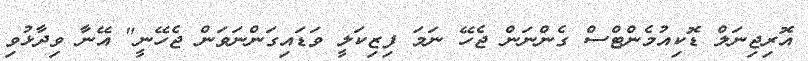
އޮރިޖިނަލް ޑޮކިއުމެންޓްސް ގެންނަން ޖެހޭ ނަމަ ފިޒިކަލީ ވަޑައިގަންނަވަން ޖެހޭނީ" އޭނާ ވިދާޅުވި